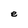
Character: e